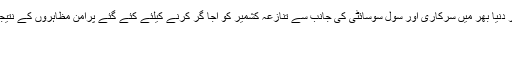
پاکستان کی جانب سے سوشل میڈیا کے بہترین استعمال، سمارٹ سفارتی اقدامات اور دنیا بھر میں سرکاری اور سول سوسائٹی کی جانب سے تنازعہ کشمیر کو اجا گر کرنے کیلئے کئے گئے پرامن مظاہروں کے نتیجہ میں مقبوضہ جموں و کشمیر کے حوالہ سے کیا جانے والا بھارتی پروپیگنڈہ ناکام
اتوار 18 اگست 2019 15:40
اسلام آباد ۔